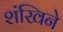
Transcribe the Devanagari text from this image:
शंखिने